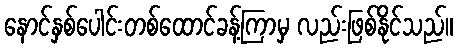
နောင်နှစ်ပေါင်းတစ်ထောင်ခန့်ကြာမှ လည်းဖြစ်နိုင်သည်။